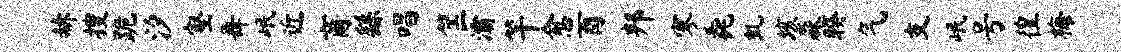
赫搜跪汐壑舞岷近商繇唱筐灞竿愈酉邦寥毳虬垓淼睽气支岷号徨梅